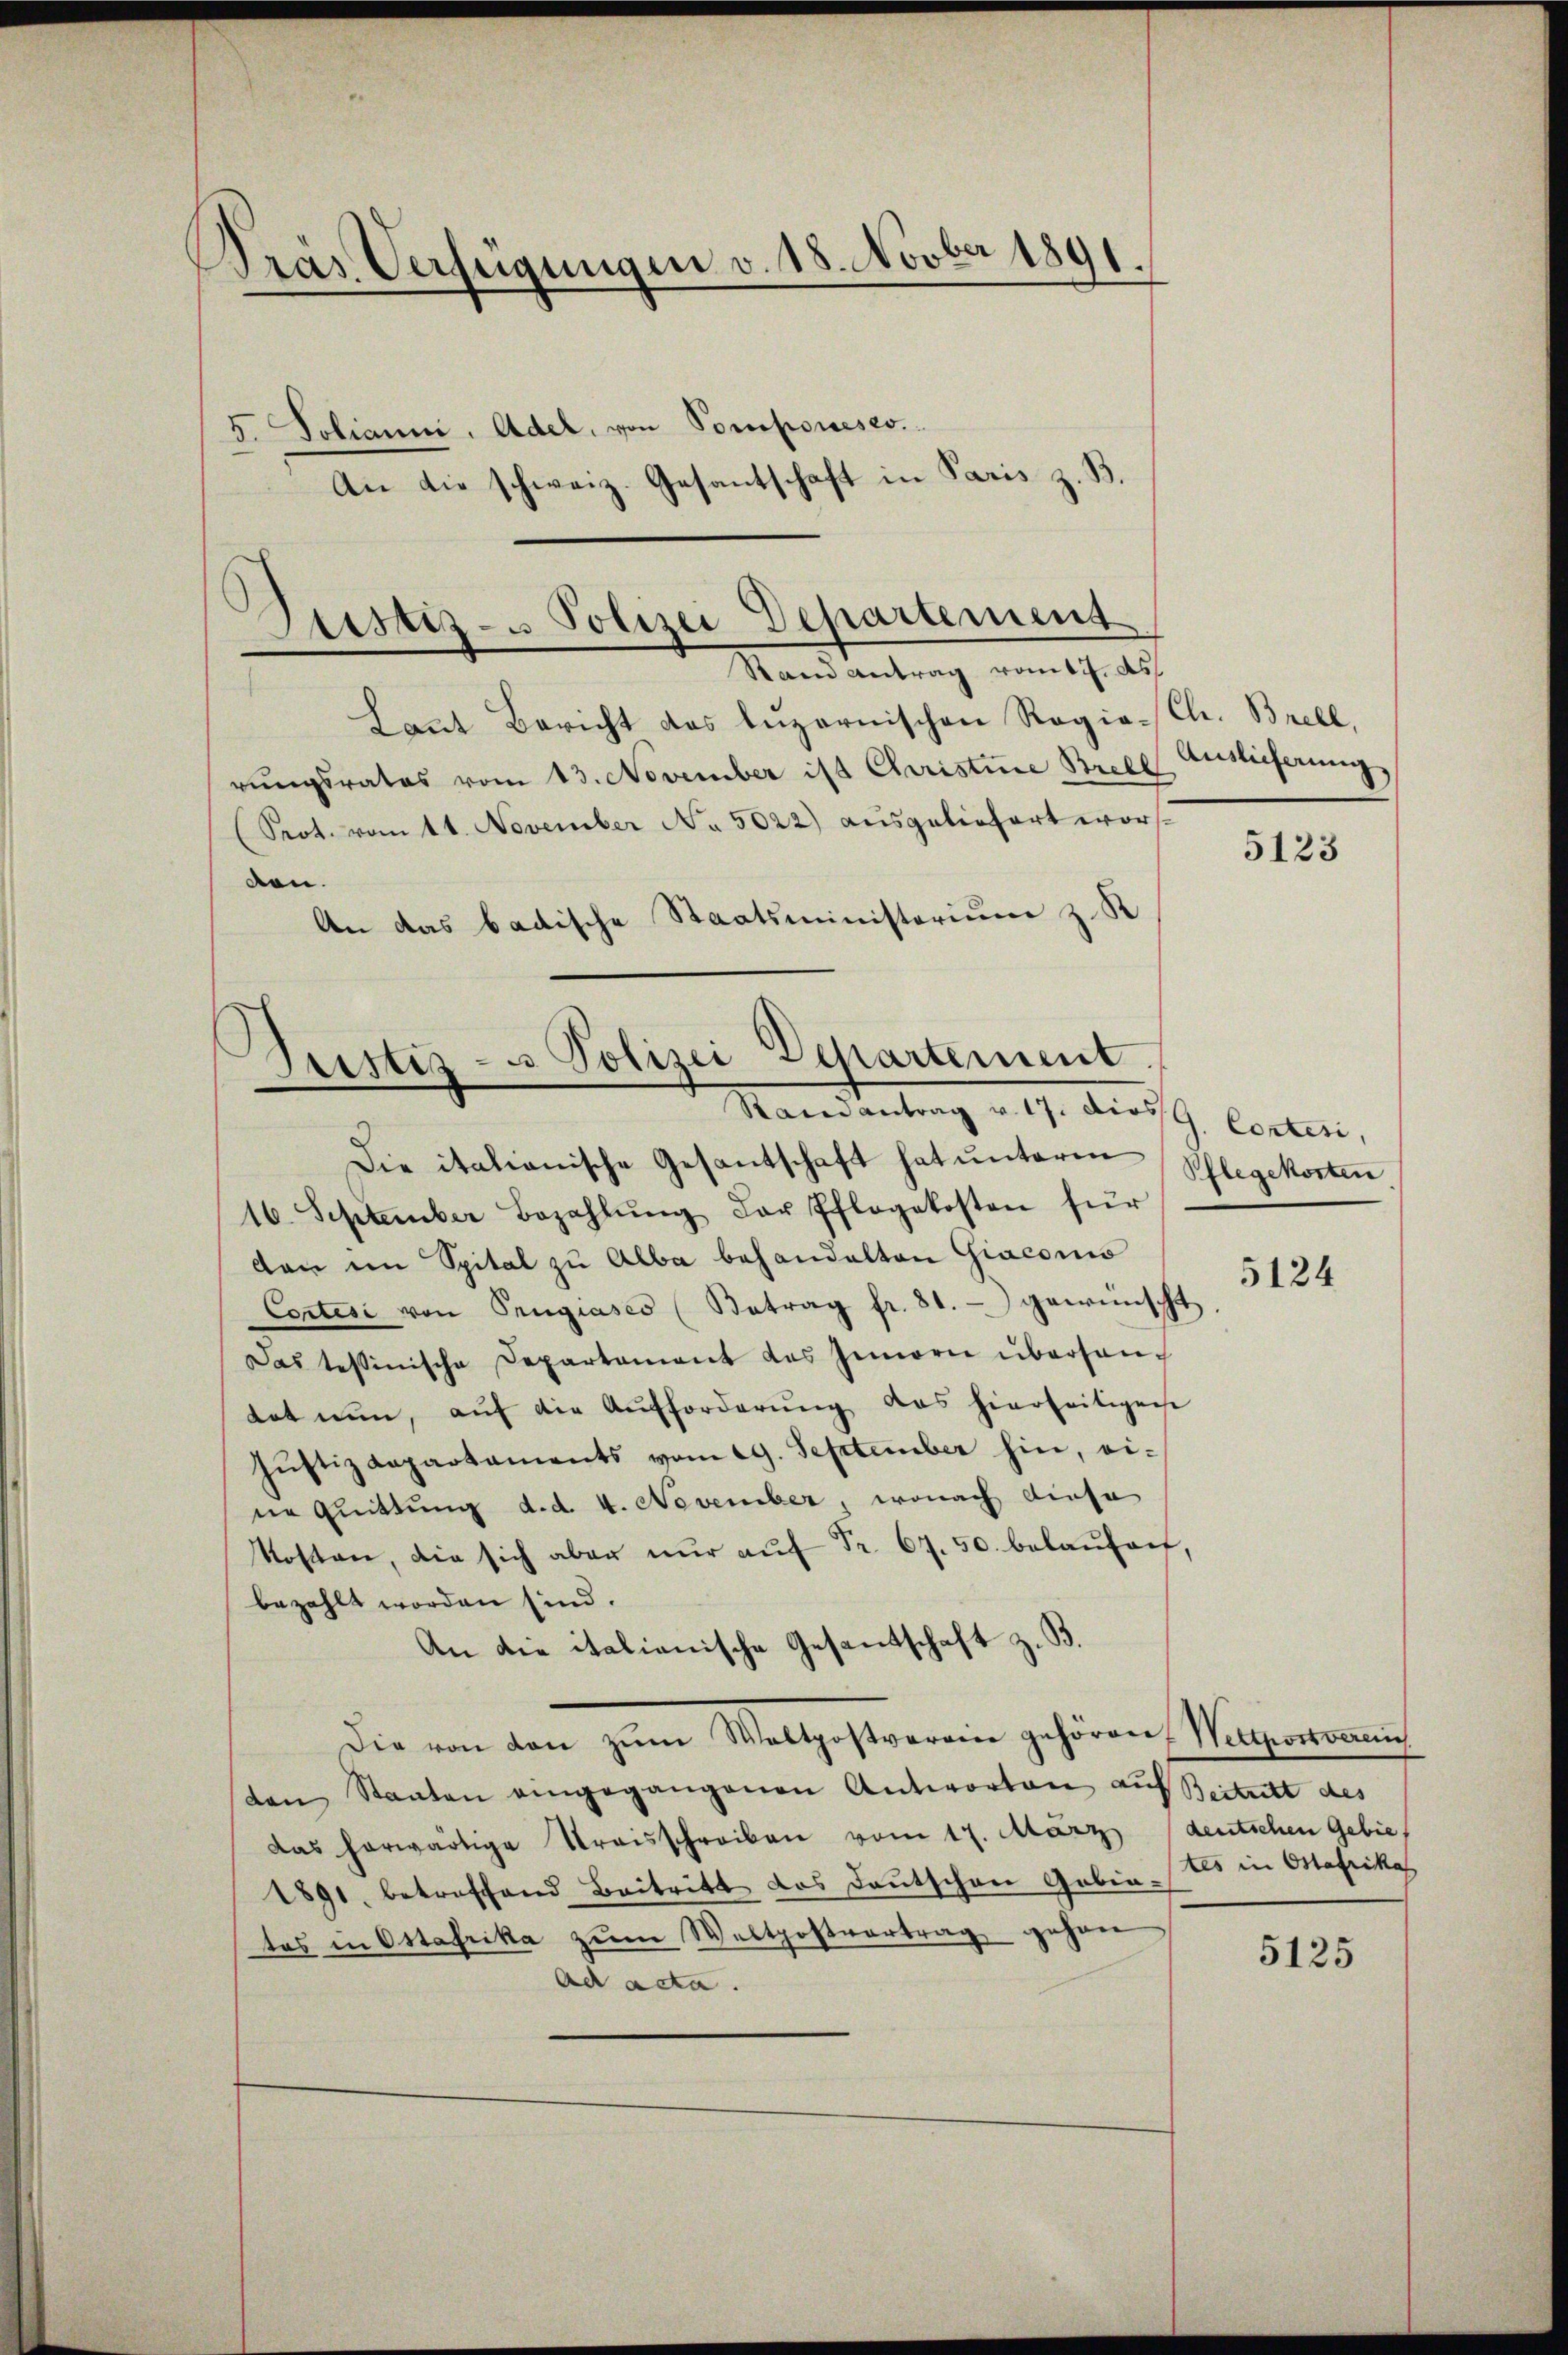
Dras Verfügungen v. 18. Novber 1891
5. Poliani, Adel, von Porporeses.
An die schweiz. Gesantschaft in Paris z. B.

Laut Bericht das luzernischen Ragio¬
(Srot. vom 11. November No. 5022) ausgeliefert worden.
An das badische Staatsministorium z. R.

Die italianische Gesantschaft hat ŭnterm
16. September Bezahlŭng der Pflegekosten für
den im Spital zu Alba behandelten Giacono
Contesi von Prugiases (Betrag fr. 81. - gewünscht
Das testinische Departament des Innern überhantat nun, aŭf die Aufforderŭng das hierseitigen
Justizdepartaments vom 29. September hin, ei-
ne Quittung d.d. 4. November, wonach diese
Kosten, die sich aber nŭr aŭf Fr. 67. 50. belaŭfert,
bezahlt worden sind.
An die italianische Gesandschaft z. B.
die von den zum Waltpostverein gehören, Welpoworun
ten Staaten eingegangenen Antworten auf Beitritt des
das herwärtige Streisschreiben vom 17. März deutschen Gebie¬
1891, betreffend Beitritt das Deutschen Gebin. Als in Otafrika
tes in Ostafrika zum Weltpostvertrag gehen
ad acta.

Pristiz- u Polizei Departement
Rand antrag vom 17. ds.

rungsrates vom 13. November ist Christine Strell

Justiz- u Polizei Departement.
Ramantrag v. 17. dies G. Cortesi,

Ch. Brell,
Auslieferung

5123

Pflegekosten

5124

5125